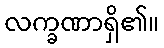
လက္ခဏာရှိ၏။